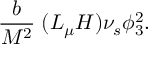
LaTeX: \frac b { M ^ { 2 } } \; ( L _ { \mu } H ) \nu _ { s } \phi _ { 3 } ^ { 2 } .